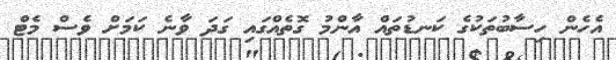
އެހެން ހިސާބުތަކުގެ ކަނޑުތައް އާންމު ގޮތެއްގައި ގަދަ ވާނެ ކަަމަށް ވެސް މެޓް